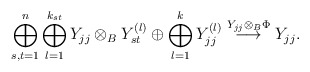
\begin{align*}\bigoplus_{s,t=1}^n\bigoplus_{l=1}^{k_{st}} Y_{jj}\otimes_B Y_{st}^{(l)}\oplus \bigoplus_{l=1}^{k} Y_{jj}^{(l)}\overset{Y_{jj}\otimes_B \Phi}{\longrightarrow} Y_{jj}.\end{align*}